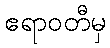
ဧရာဝတီမှ